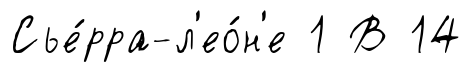
Сье́рра-л'ео́н'е 1 В 14